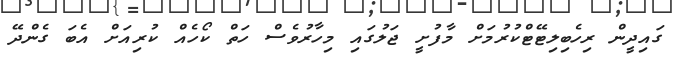
ގައިދީން ރިހެބިލިޓޭޓްކުރުމަށް މާފުށީ ޖަލުގައި މިހާރުވެސް ހަތް ކޯހެއް ކުރިއަށް އެބަ ގެންދޭ